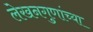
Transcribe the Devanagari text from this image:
लेखनगुणांच्या